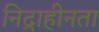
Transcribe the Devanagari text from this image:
निद्राहीनता